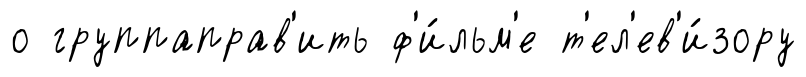
о группаправ'ить ф'и́льм'е т'ел'ев'и́зору